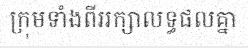
ក្រុមទាំងពីររក្សាលទ្ធផលគ្នា